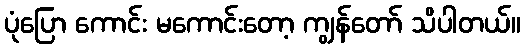
ပုံပြော ကောင်း မကောင်းတော့ ကျွန်တော် သိပါတယ်။